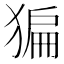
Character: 猵